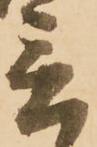
言